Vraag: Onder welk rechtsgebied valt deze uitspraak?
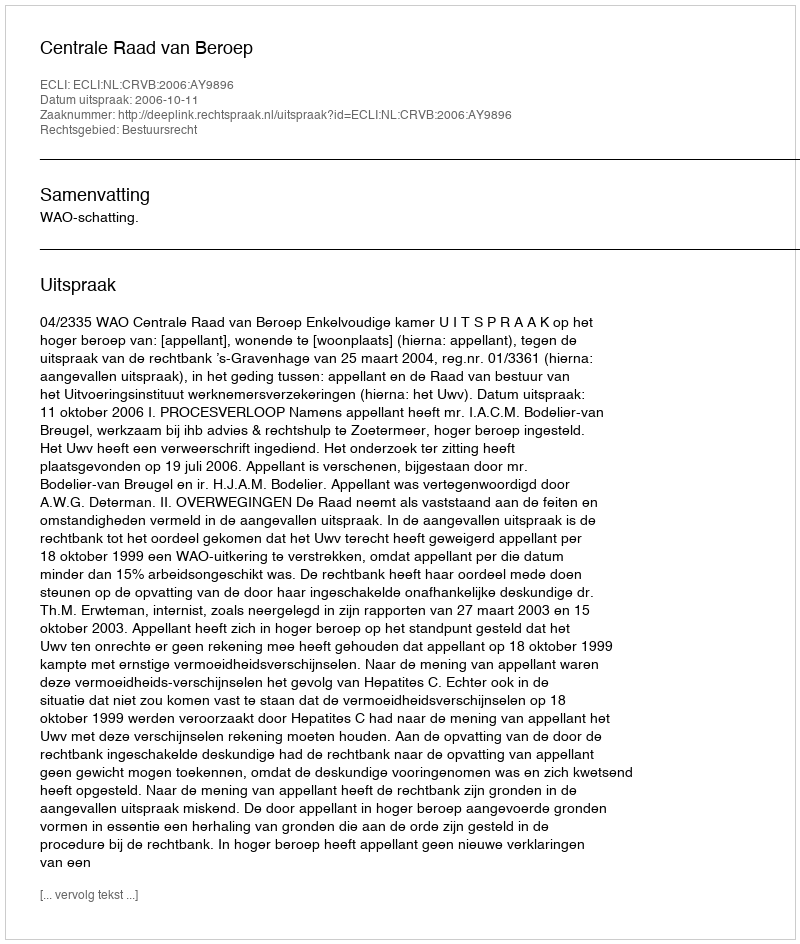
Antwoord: Bestuursrecht